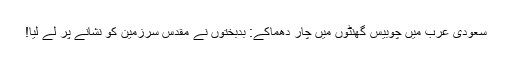
سعودی عرب میں چوبیس گھنٹوں میں چار دھماکے: بدبختوں نے مقدس سرزمین کو نشانے پر لے لیا!